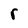
Character: r